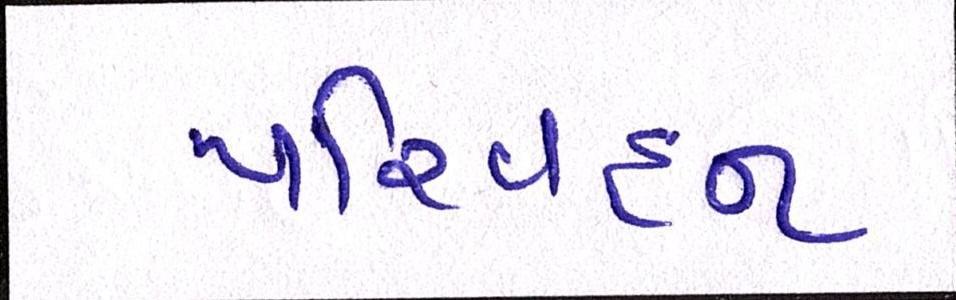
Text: પરિવહન